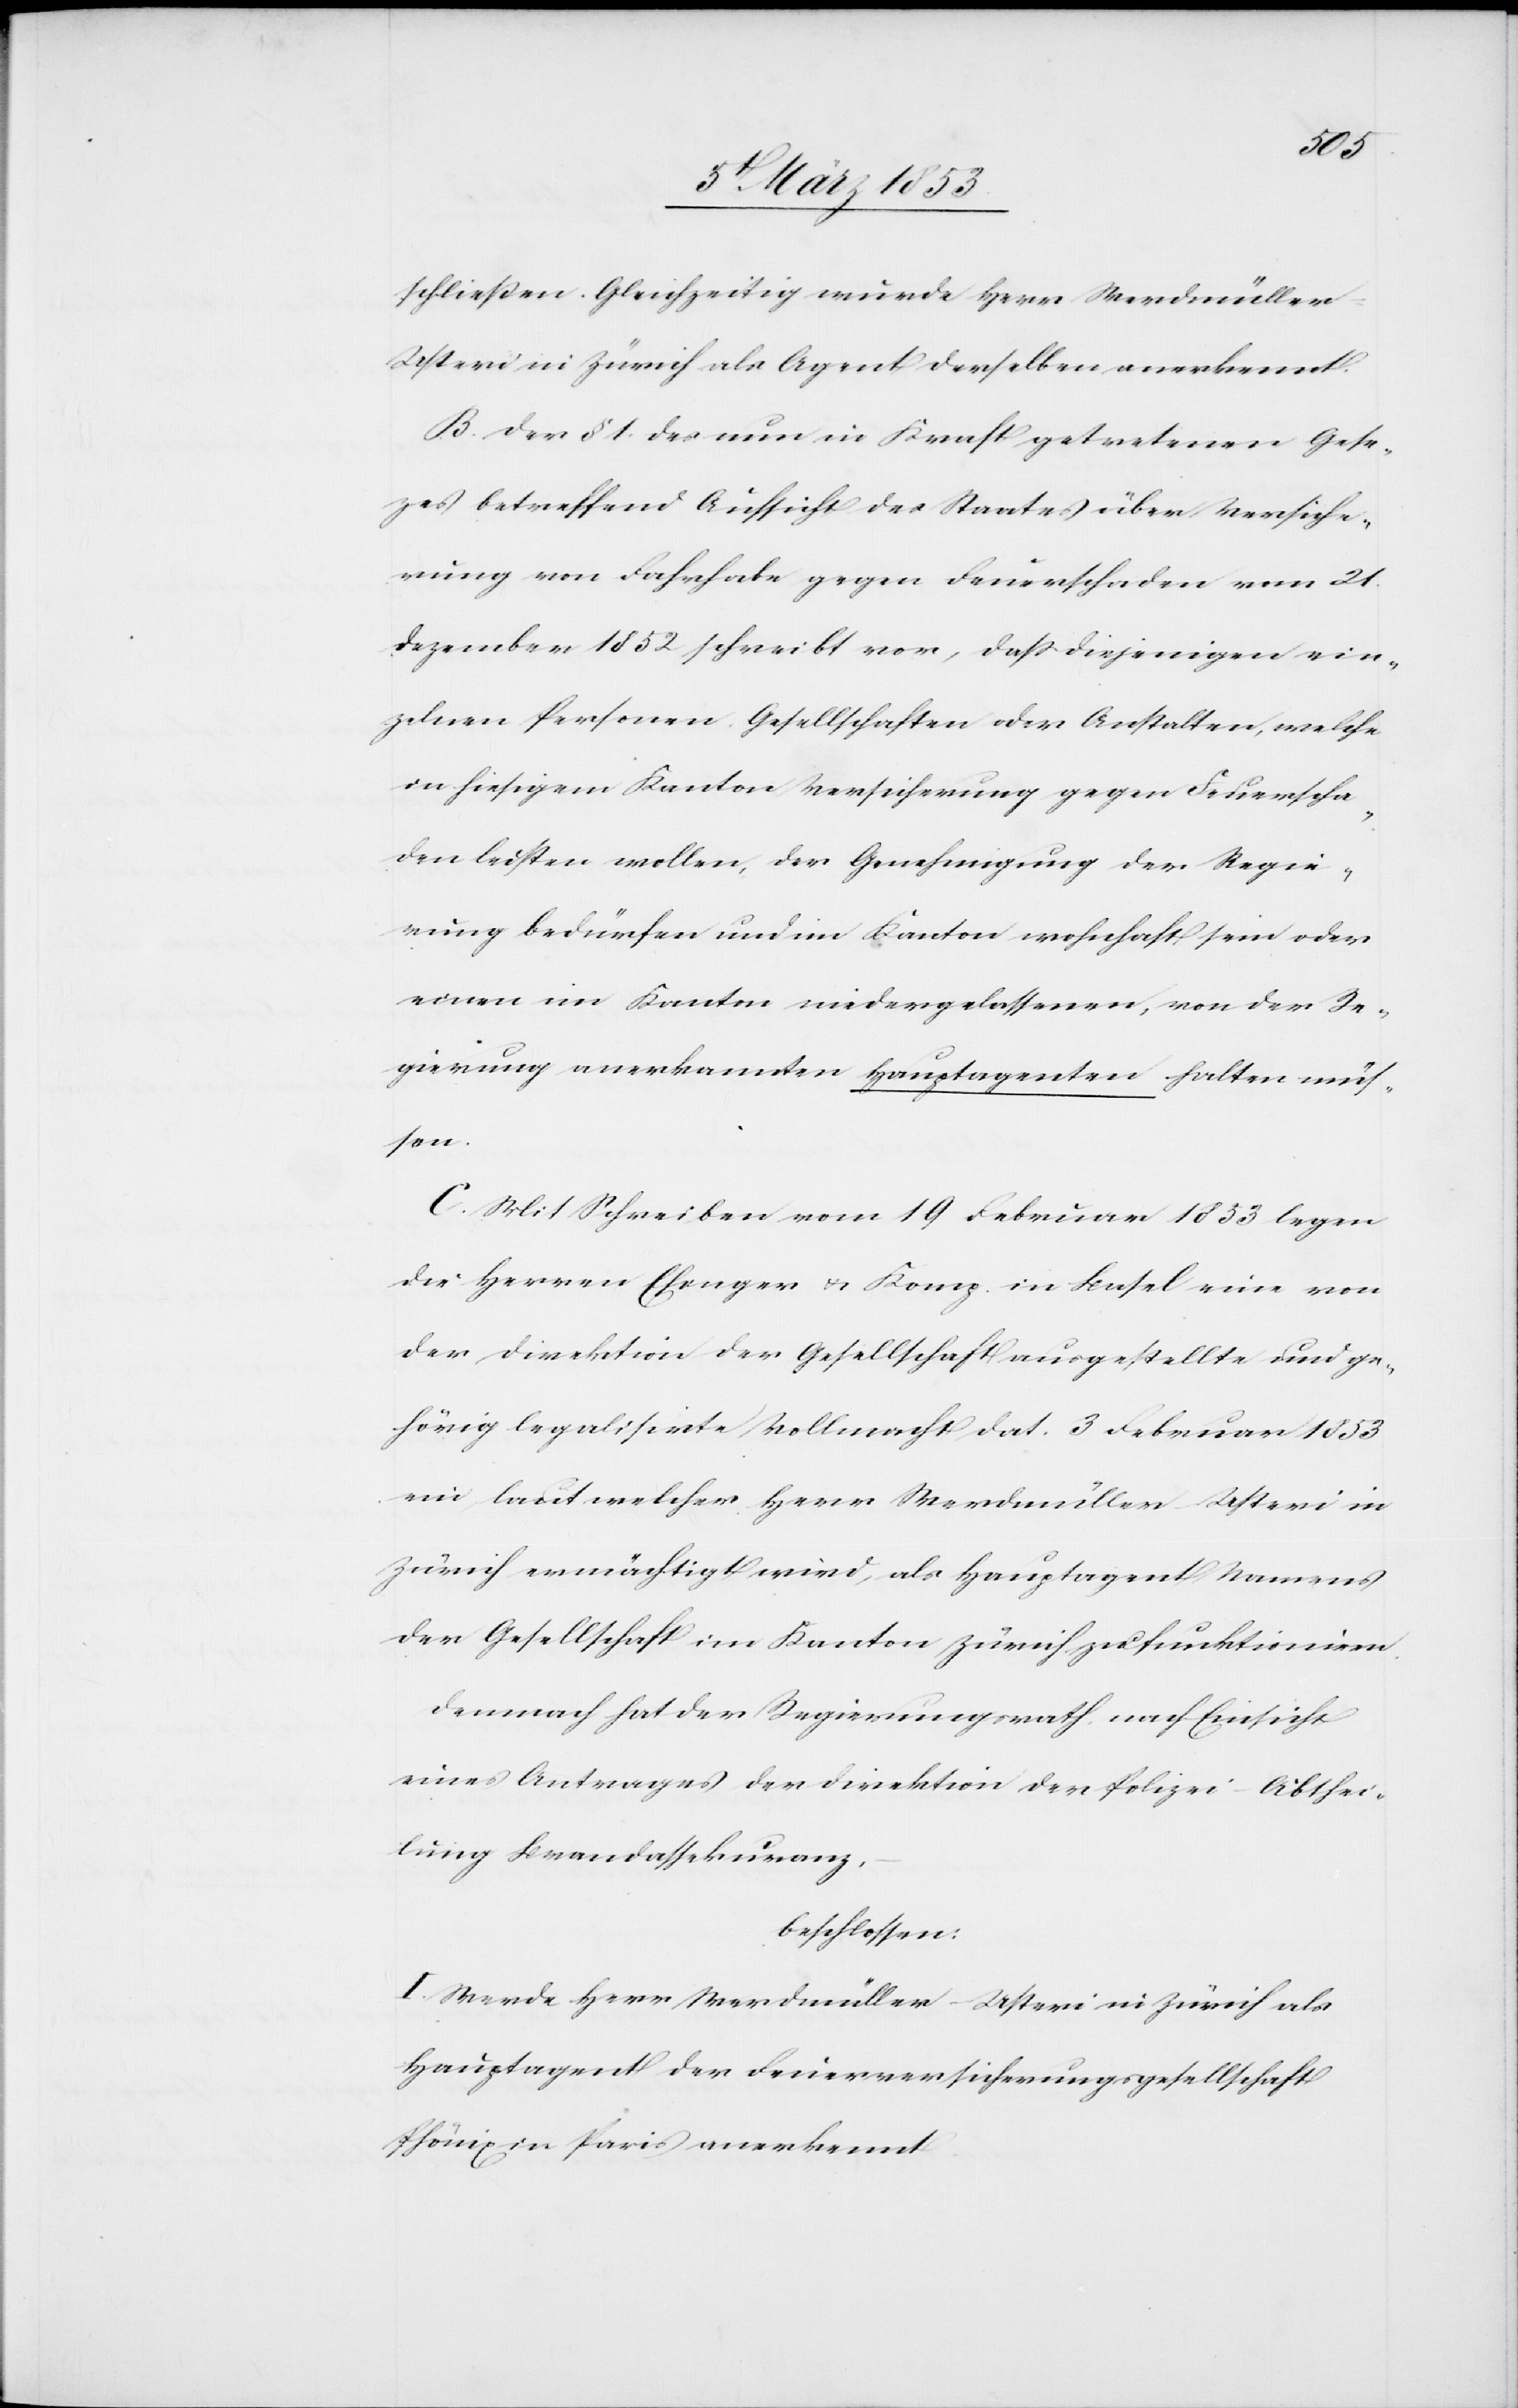
schließen. Gleichzeitig wurde Herr Werdmüller-U¬
steri in Zürich als Agent derselben anerkennt.
Der § 1 des nun in Kraft getretenen Geset¬
zes betreffend Aufsicht des Staates über Versiche¬
rung von Fahrhabe gegen Feuerschaden vom 21
Dezember 1852 schreibt vor, daß diejenigen ein¬
zelnen Personen, Gesellschaften oder Ortschaften, welche
in hiesigem Kanton Versicherung gegen Feuerscha¬
den leisten wollen, der Genehmigung der Regie¬
rung bedürfen und im Kanton wohnhaft sein oder
einen im Kanton niedergelassenen, von der Re¬
gierung anerkannten Hauptagenten halten müs¬
sen.
Mit Schreiben vom 19 Februar 1853 legen
die Herrn Efenger u. Komp. in Basel eine von
der Direktion der Gesellschaft ausgestellte und ge¬
hörig legalisirte Vollmacht dat. 3 Februar 1853
ein laut welcher Herr Werdmüller-Usteri in
Zürich ermächtigt wird, als Hauptagent Namens
der Gesellschaft im Kanton Zürich zu funktioniren.
Demnach hat der Regierungsrath, nach Einsicht
eines Antrages der Direktion der Polizei-Abthei¬
lung Brandassekuranz,
beschlossen:
I. Werde Herr Werdmüller-Usteri in Zürich als
Hauptagent der Feuerversicherungsgesellschaft
Phönix Paris anerkannt.